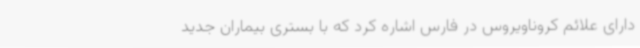
دارای علائم کروناویروس در فارس اشاره کرد که با بستری بیماران جدید